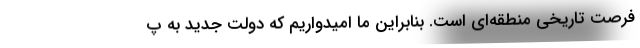
فرصت تاریخی منطقه‌ای است. بنابراین ما امیدواریم که دولت جدید به پ